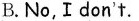
B. No, I don't.